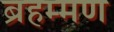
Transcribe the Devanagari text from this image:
ब्रहम्मण